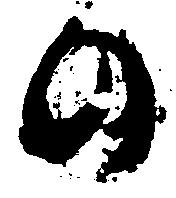
の